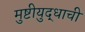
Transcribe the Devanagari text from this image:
मुष्टीयुद्धाची